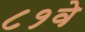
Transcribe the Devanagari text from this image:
८१वे